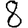
Digit: 8